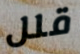
قلل